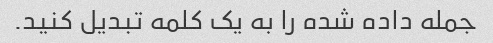
جمله داده شده را به یک کلمه تبدیل کنید.